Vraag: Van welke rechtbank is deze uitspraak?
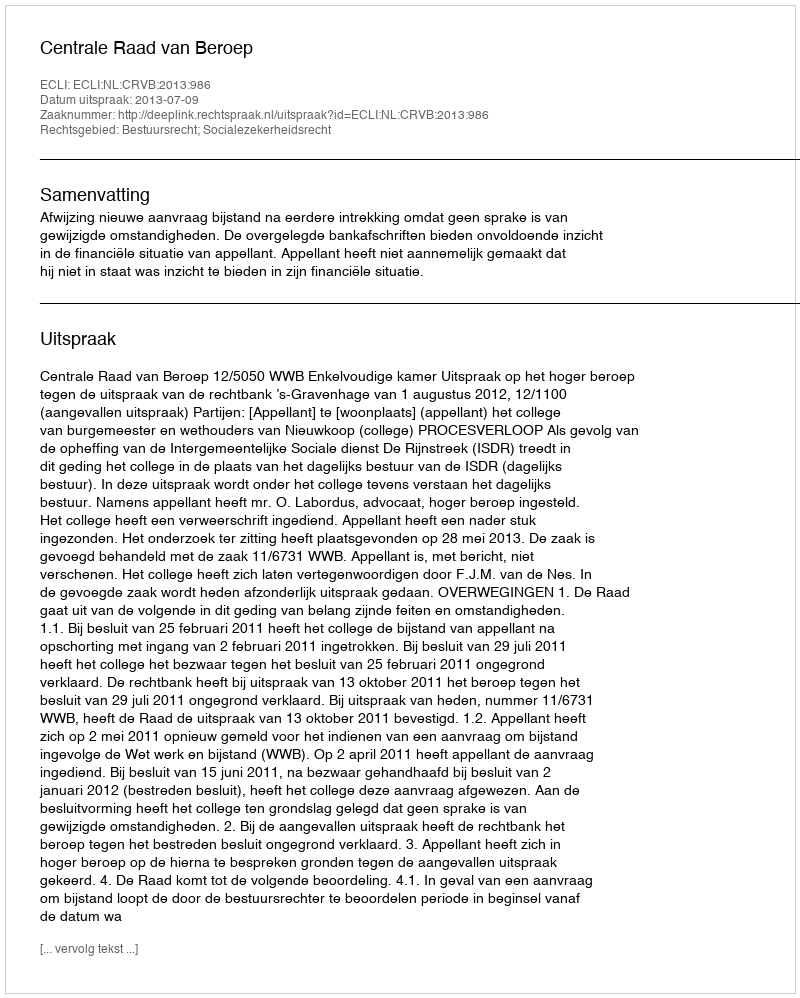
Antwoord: Centrale Raad van Beroep